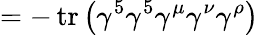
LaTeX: =-\operatorname{tr}\left(\gamma^{5}\gamma^{5}\gamma^{\mu}\gamma^{\nu}\gamma^{\rho}\right)